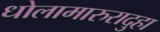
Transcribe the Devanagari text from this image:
धोलामारुरादुहा